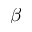
\beta